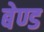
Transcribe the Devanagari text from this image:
बेण्ड